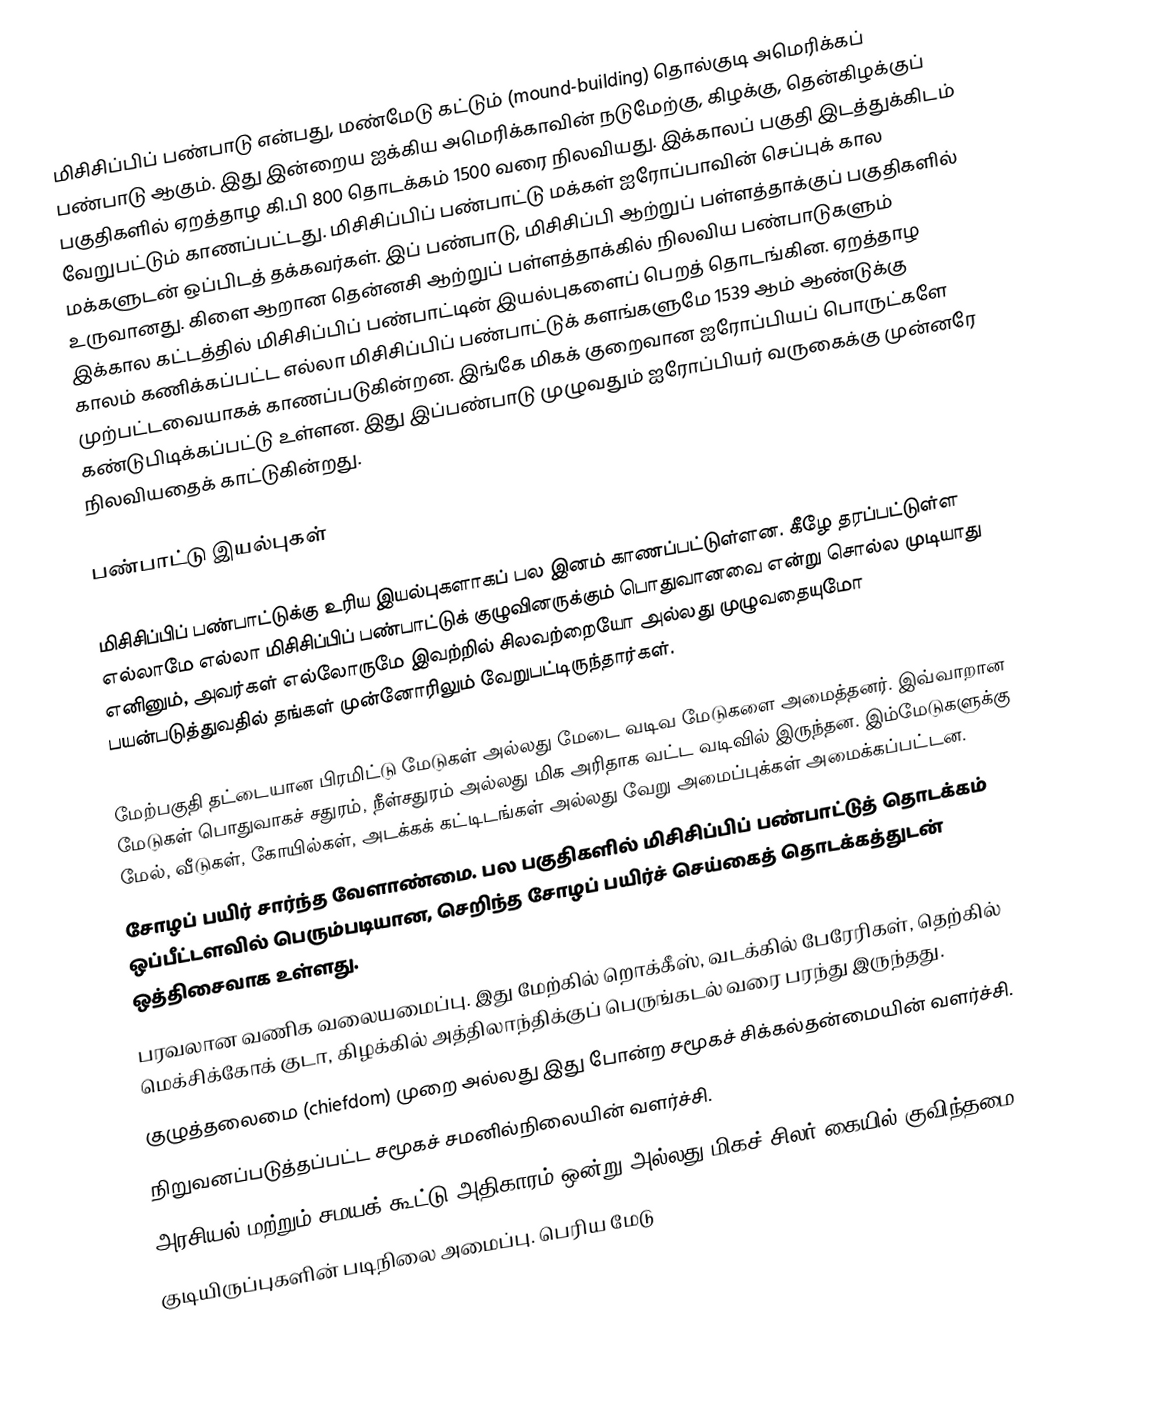
மிசிசிப்பிப் பண்பாடு என்பது, மண்மேடு கட்டும் (mound-building) தொல்குடி அமெரிக்கப் பண்பாடு ஆகும். இது இன்றைய ஐக்கிய அமெரிக்காவின் நடுமேற்கு, கிழக்கு, தென்கிழக்குப் பகுதிகளில் ஏறத்தாழ கி.பி 800 தொடக்கம் 1500 வரை நிலவியது. இக்காலப் பகுதி இடத்துக்கிடம் வேறுபட்டும் காணப்பட்டது. மிசிசிப்பிப் பண்பாட்டு மக்கள் ஐரோப்பாவின் செப்புக் கால மக்களுடன் ஒப்பிடத் தக்கவர்கள். இப் பண்பாடு, மிசிசிப்பி ஆற்றுப் பள்ளத்தாக்குப் பகுதிகளில் உருவானது. கிளை ஆறான தென்னசி ஆற்றுப் பள்ளத்தாக்கில் நிலவிய பண்பாடுகளும் இக்கால கட்டத்தில் மிசிசிப்பிப் பண்பாட்டின் இயல்புகளைப் பெறத் தொடங்கின. ஏறத்தாழ காலம் கணிக்கப்பட்ட எல்லா மிசிசிப்பிப் பண்பாட்டுக் களங்களுமே 1539 ஆம் ஆண்டுக்கு முற்பட்டவையாகக் காணப்படுகின்றன. இங்கே மிகக் குறைவான ஐரோப்பியப் பொருட்களே கண்டுபிடிக்கப்பட்டு உள்ளன. இது இப்பண்பாடு முழுவதும் ஐரோப்பியர் வருகைக்கு முன்னரே நிலவியதைக் காட்டுகின்றது.

பண்பாட்டு இயல்புகள்

மிசிசிப்பிப் பண்பாட்டுக்கு உரிய இயல்புகளாகப் பல இனம் காணப்பட்டுள்ளன. கீழே தரப்பட்டுள்ள எல்லாமே எல்லா மிசிசிப்பிப் பண்பாட்டுக் குழுவினருக்கும் பொதுவானவை என்று சொல்ல முடியாது எனினும், அவர்கள் எல்லோருமே இவற்றில் சிலவற்றையோ அல்லது முழுவதையுமோ பயன்படுத்துவதில் தங்கள் முன்னோரிலும் வேறுபட்டிருந்தார்கள்.

 மேற்பகுதி தட்டையான பிரமிட்டு மேடுகள் அல்லது மேடை வடிவ மேடுகளை அமைத்தனர். இவ்வாறான மேடுகள் பொதுவாகச் சதுரம், நீள்சதுரம் அல்லது மிக அரிதாக வட்ட வடிவில் இருந்தன. இம்மேடுகளுக்கு மேல், வீடுகள், கோயில்கள், அடக்கக் கட்டிடங்கள் அல்லது வேறு அமைப்புக்கள் அமைக்கப்பட்டன.
 சோழப் பயிர் சார்ந்த வேளாண்மை. பல பகுதிகளில் மிசிசிப்பிப் பண்பாட்டுத் தொடக்கம் ஒப்பீட்டளவில் பெரும்படியான, செறிந்த சோழப் பயிர்ச் செய்கைத் தொடக்கத்துடன் ஒத்திசைவாக உள்ளது.
 பரவலான வணிக வலையமைப்பு. இது மேற்கில் றொக்கீஸ், வடக்கில் பேரேரிகள், தெற்கில் மெக்சிக்கோக் குடா, கிழக்கில் அத்திலாந்திக்குப் பெருங்கடல் வரை பரந்து இருந்தது.
 குழுத்தலைமை (chiefdom) முறை அல்லது இது போன்ற சமூகச் சிக்கல்தன்மையின் வளர்ச்சி.
 நிறுவனப்படுத்தப்பட்ட சமூகச் சமனில்நிலையின் வளர்ச்சி.
 அரசியல் மற்றும் சமயக் கூட்டு அதிகாரம் ஒன்று அல்லது மிகச் சிலர் கையில் குவிந்தமை.
 குடியிருப்புகளின் படிநிலை அமைப்பு. பெரிய மேடு